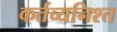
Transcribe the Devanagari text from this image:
कर्तव्यनिश्त